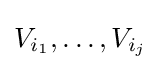
V_{i_{1}},\ldots ,V_{i_{j}}